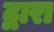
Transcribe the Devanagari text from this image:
द्वारा